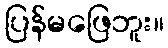
ပြန်မဖြေဘူး။